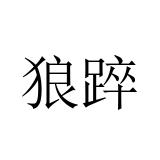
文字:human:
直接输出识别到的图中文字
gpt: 狼踤